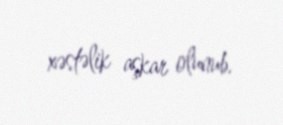
xəstəlik aşkar olunub.